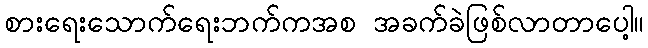
စားရေးသောက်ရေးဘက်ကအစ အခက်ခဲဖြစ်လာတာပေါ့။